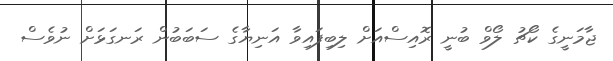
ޖާމަނީގެ ކޯޗު ލޯވް ބުނީ ރޮއިސްއަށް ލިބިފައިވާ އަނިޔާގެ ސަބަބުން ރަނގަޅަށް ނުވެސް